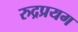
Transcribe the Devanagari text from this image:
रुद्रप्रयग